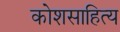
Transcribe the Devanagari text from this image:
कोशसाहित्य